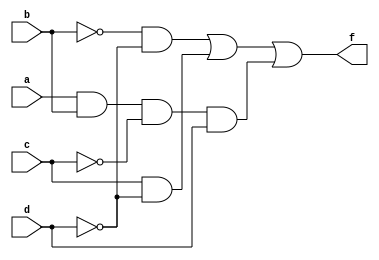
module prog2(a,b,c,d,f);
input a,b,c,d;
output f;
assign f = (~b&~d)|(c&~d)|(a&b&~c&d);
endmodule